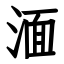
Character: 湎